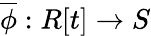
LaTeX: {\overline{{\phi}}}:R[t]\to S